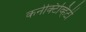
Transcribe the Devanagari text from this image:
कनेक्टिव्हिटी